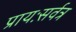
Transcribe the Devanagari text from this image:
प्रायःसर्वत्र